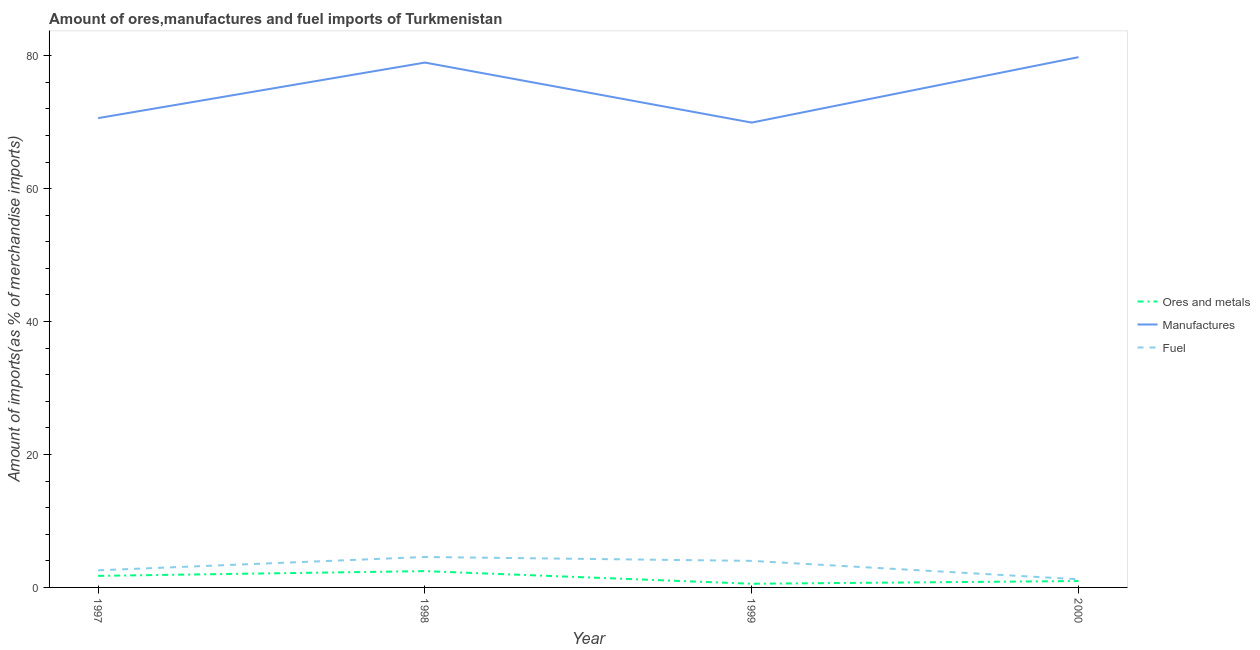
| Year | Ores and metals | Manufactures | Fuel |
 | --- | --- | --- | --- |
 | 1997 | 1.74 | 70.6 | 2.57 |
 | 1998 | 2.45 | 79 | 4.58 |
 | 1999 | 0.553 | 69.9 | 4 |
 | 2000 | 0.959 | 79.8 | 1.23 |